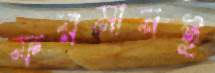
ফরমানই